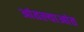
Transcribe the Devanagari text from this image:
आंतल्याआंत